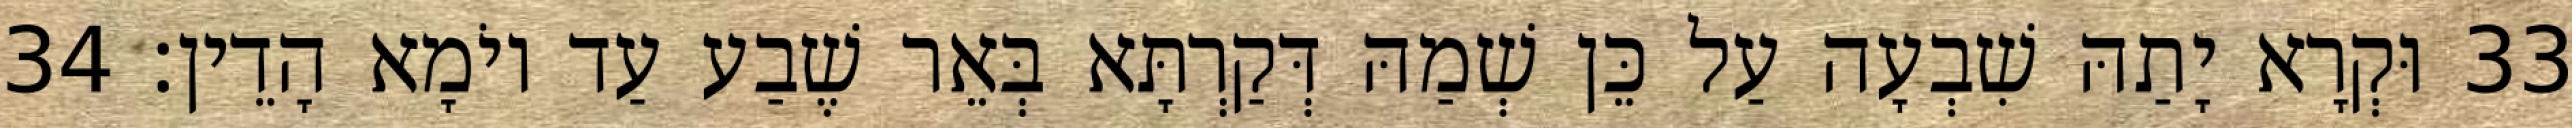
33 וּקְרָא יָתַהּ שִׁבְעָה עַל כֵּן שְׁמַהּ דְּקַרְתָּא בְּאֵר שֶׁבַע עַד יוֹמָא הָדֵין׃ 34